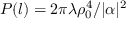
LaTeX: P ( l ) = 2 \pi \lambda \rho _ { 0 } ^ { 4 } / | \alpha | ^ { 2 }